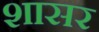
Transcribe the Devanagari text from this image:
शासर